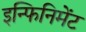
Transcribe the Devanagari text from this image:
इन्फिनिमेंट